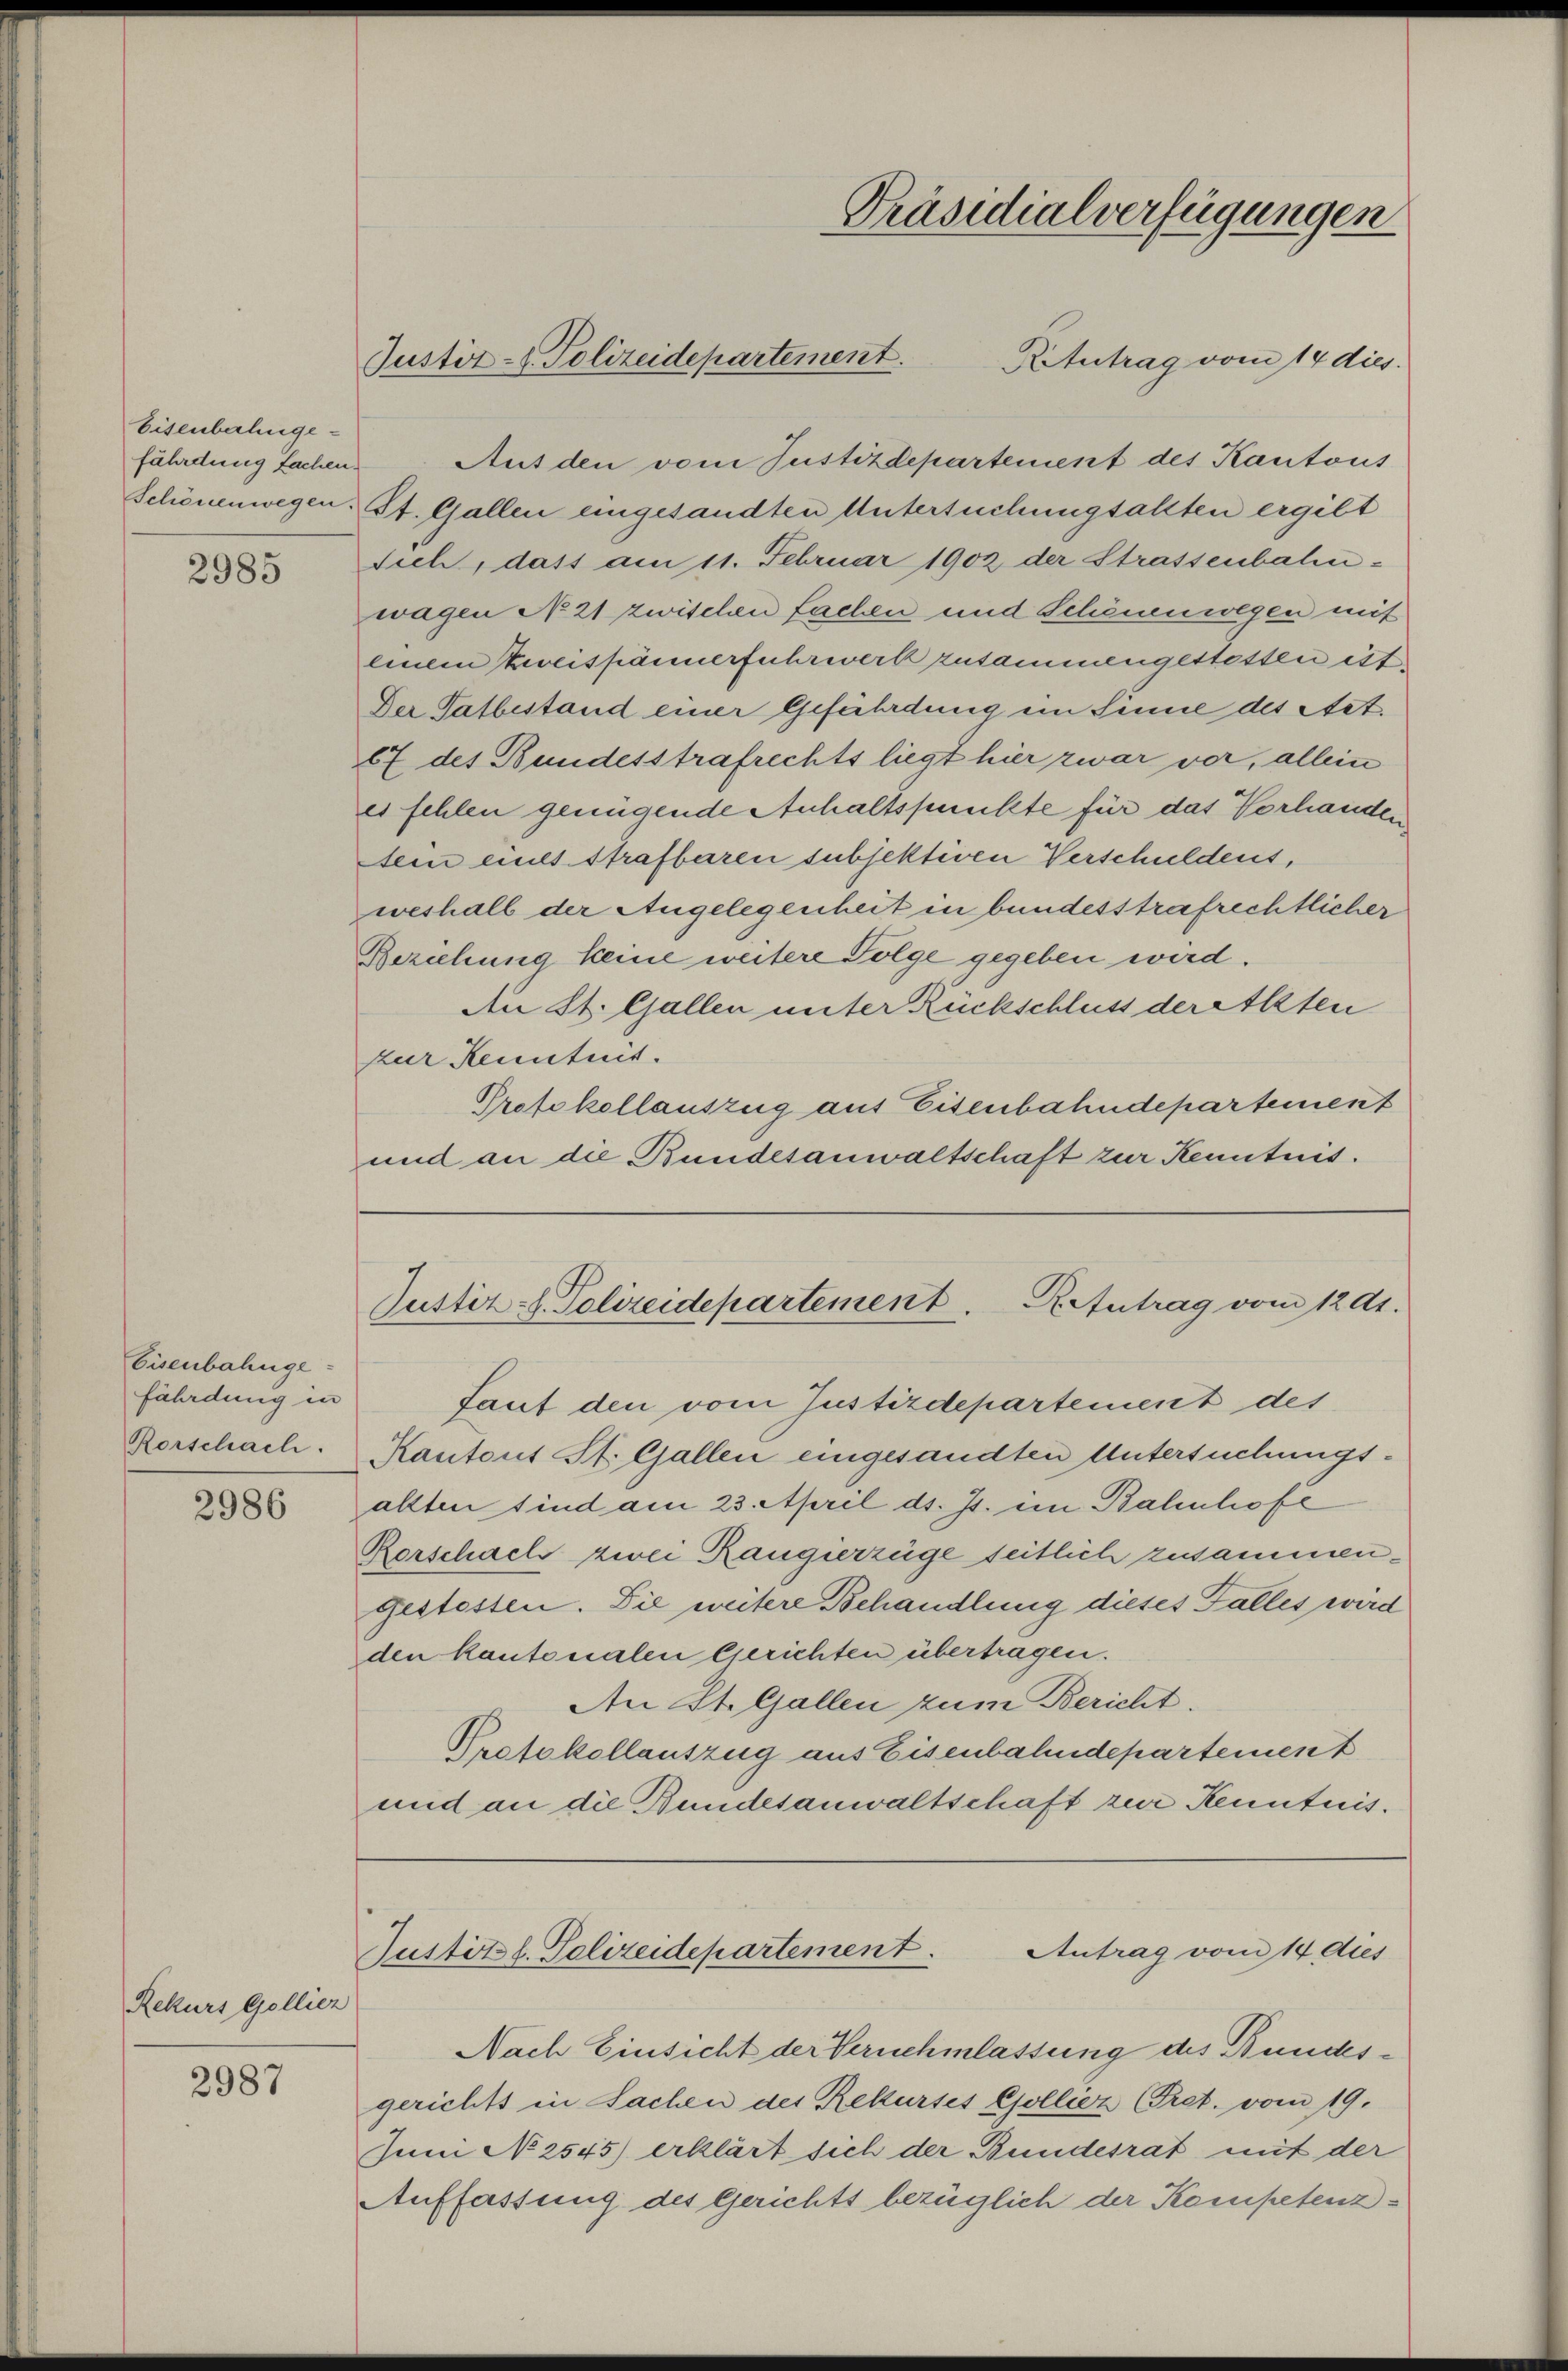
Eisenbahnge¬

2985

Eisenbahnge-
fährdung in
Rorschach.

2986

Rekurs Gollier

2987

Ritutrag vom 14 dies
fährdung fachen Ausden vom Justizdepartement des Kantons
Schönenwegen. St. Gallen eingesandten Untersuchungsallten ergilt
Sich, dass am 11. Februar 1902 der Strassenbahnwagen No 21 zwischen Fachen und Schönenwegen mit
einem Kreispännerfuhrwerk zusammengestessen ist.
Der Tatbestand einer Gefährdung im Sinne des Act.
67 des Bundesstrafrechts liegt hier zwar vor, allein
es fehlen genügende Anhaltspunkte für das Vorhanden
tein eines Strafbaren subjektiven Verschuldens,
weshalb der Angelegenheit in bundesstrafrechtlicher
Beziehung keine weitere Folge gegeben wird.
An St. Gallen unter Rückschluss der Akten
zur Kenntnis.
Prefekollauszug aus Eisenbahndepartement
und an die Bundesanwaltschaft zur Kenntnis.

Justiz- & Polizeidepartement.

Präsidialverfügungen

Justiz- & Polizeidepartement. Reintrag vom 12 Al.

Antrag vom 14 dies
Justizt. Polizeidepartement.

Taut den vom Justizdepartement des
Kantons St. Gallen eingesandten Untersuchungsallten sind am 23. April d. Js. im Bahnhofe
Rerschach zwei Rangierzüge seitlich zusammengestessen. Die weitere Behandlung dieses Falles wird
den kantonalen Gerichten übertragen.
An St. Gallen zum Bericht.
Protokollauszug aus Eisenbahndepartement
und an die Bundesanwaltschaft zur Kenntnis.

Nach Einsicht der Vernehmlassung des Bundesgerichts in Sachen der Rekurses Colliez (Fret. vom 19.
Juni No 2545) erklärt sich der Bundesrat mit der
Auffassung des Gerichts bezüglich der Kompetenz-